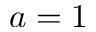
a = 1